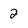
Character: 2